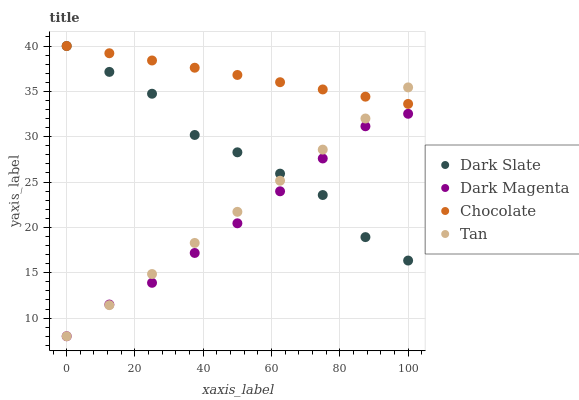
| xaxis_label | Dark Slate | Dark Magenta | Chocolate | Tan |
 | --- | --- | --- | --- | --- |
 | 0 | 40 | 8 | 40 | 8 |
 | 12.5 | 37.1 | 11.5 | 39.2 | 11.4 |
 | 25 | 34.7 | 13.9 | 38.4 | 14.9 |
 | 37.5 | 30.2 | 17.2 | 37.6 | 18.3 |
 | 50 | 28.3 | 20.5 | 36.8 | 21.7 |
 | 62.5 | 25.9 | 24 | 36 | 25.1 |
 | 75 | 23.6 | 27.6 | 35.2 | 28.6 |
 | 87.5 | 18.9 | 31.2 | 34.4 | 32 |
 | 100 | 16.3 | 32.5 | 33.6 | 35.4 |